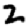
Digit: 2